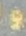
و